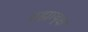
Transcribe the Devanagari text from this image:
ब्रह्मावृक्ष